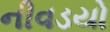
નીવડયો